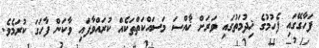
ފަހާގޭގައި ފެެހުމުގެ ޚިދުމަތުގައި ވަރަށް ޚާއްސަ މަސައްކަތްތަކެއް ކުރައްވާފައި ވާކަން ފާހަގަ ކުރަމެވެ.